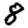
Digit: 8